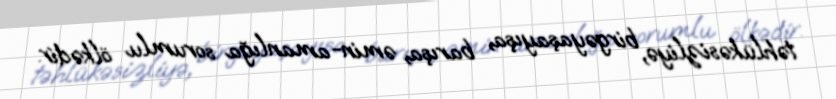
təhlükəsizliyə, birgəyaşayışa, barışa, əmin-amanlığa sorumlu ölkədir.